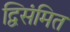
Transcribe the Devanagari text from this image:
द्विसंमित